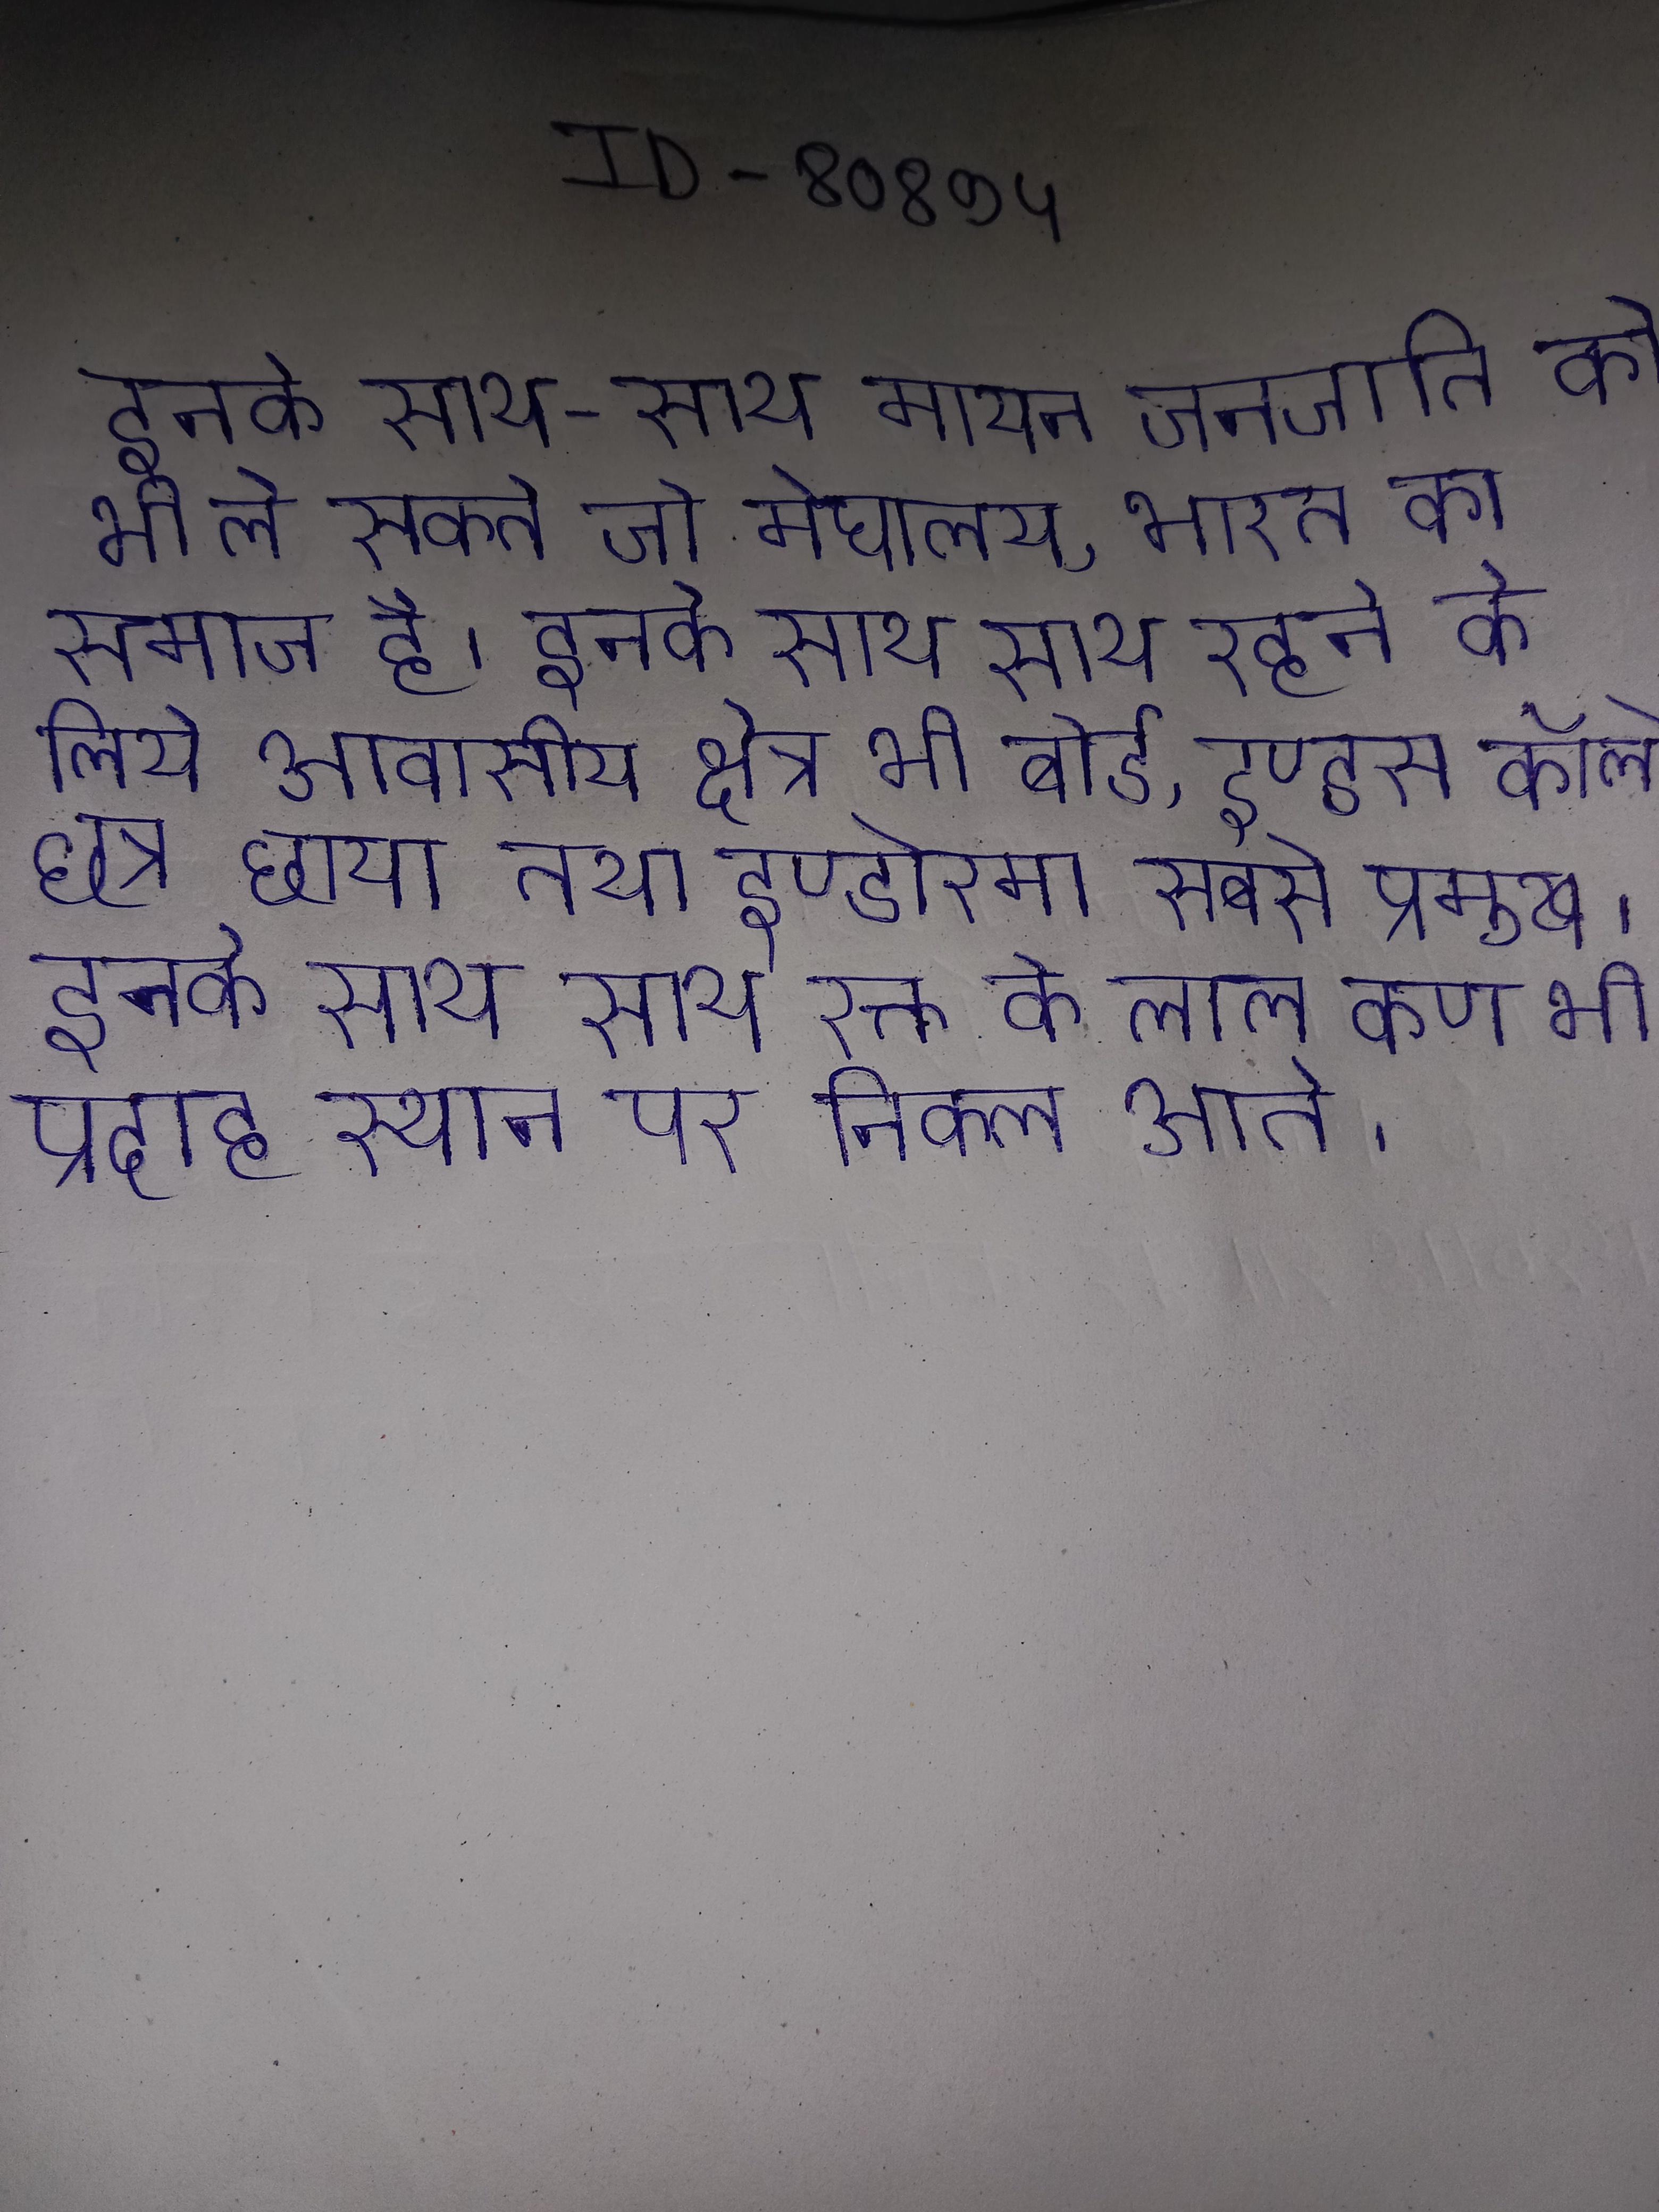
इनके साथ-साथ मायन जनजाति को भी ले सकते जो मेघालय, भारत का समाज है । इनके साथ साथ रहने के लिये आवासीय क्षेत्र भी बोर्ड, इण्डस कॉलोनी, छत्र छाया तथा इण्डोरमा सबसे प्रमुख । इनके साथ साथ रक्त के लाल कण भी प्रदाह स्थान पर निकल आते ।